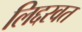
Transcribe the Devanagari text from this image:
लिद्दरवत